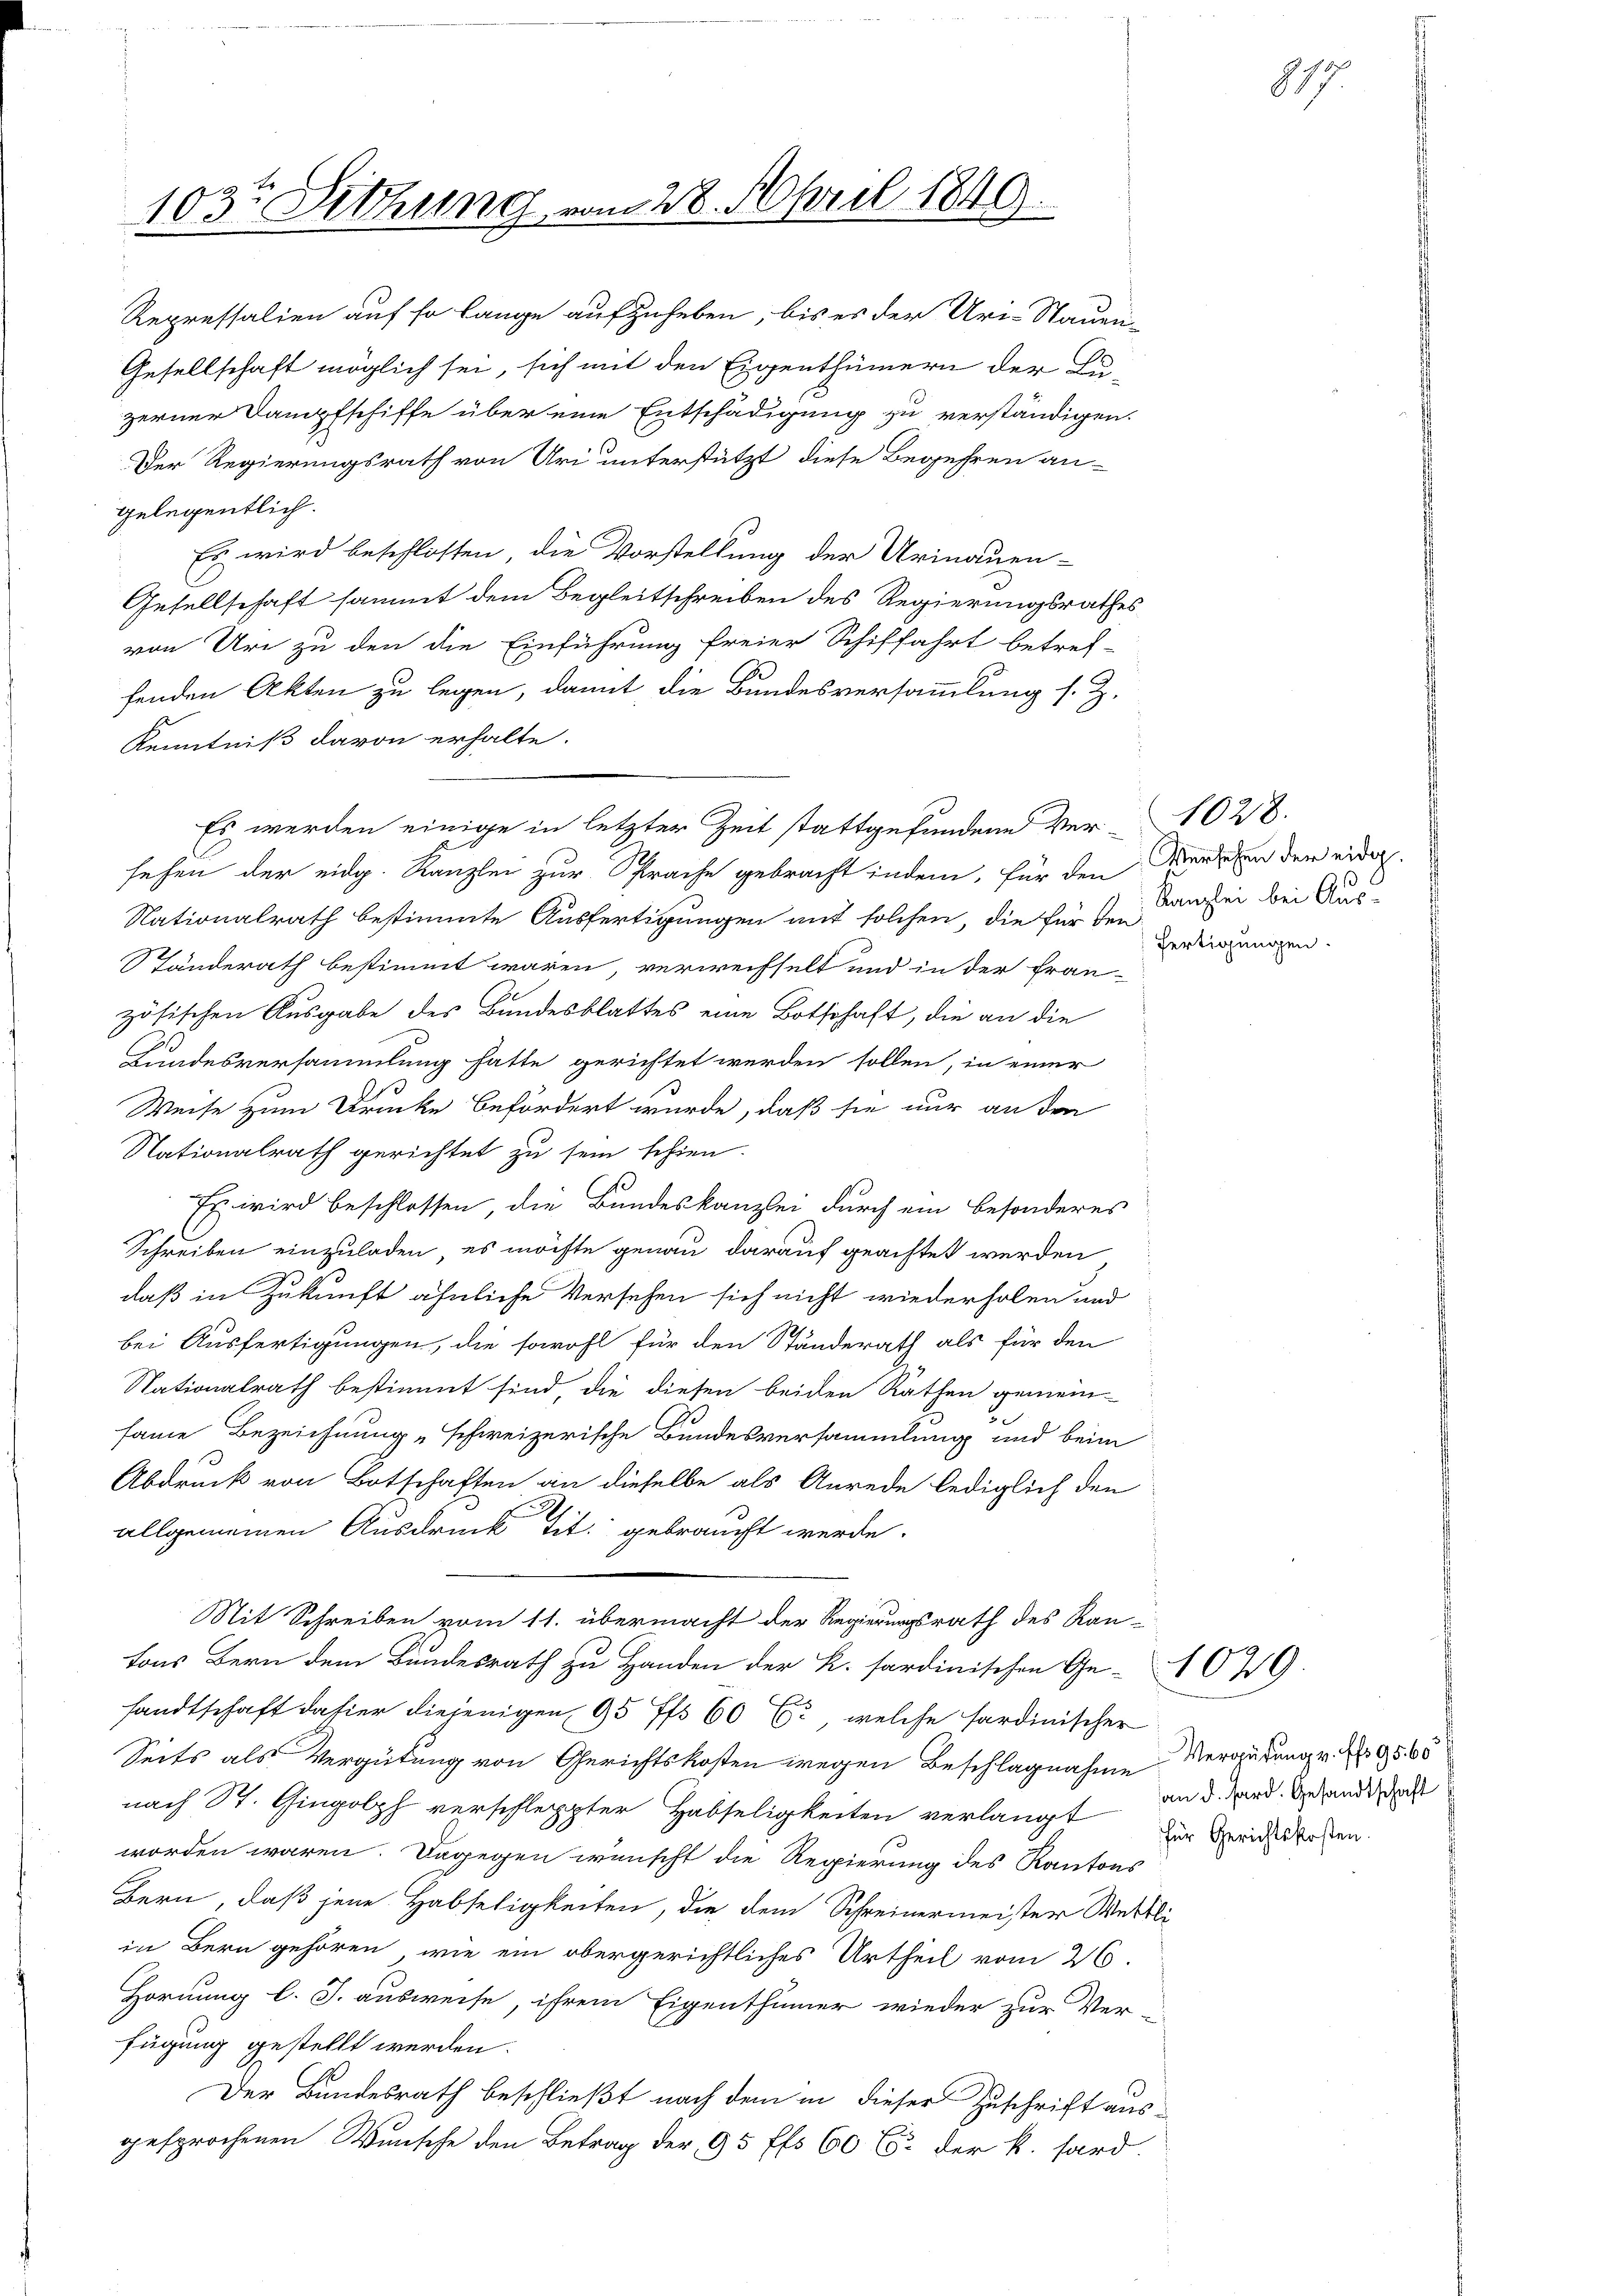
Der Regierungsrath von Uri unterstützt diese Begehren an-
gelegentlich.
Es wird beschlossen, die Vorstellung der Urinauen-
Gesellschaft sammt dem Begleitschreiben des Regierungsrathes
von Ure zu den die Einführung freier Schiffahrt betref-
S.
fenden Akten zu legen, damit die Bundesversammlung s. Z.
Kenntniß davon erhalte.
sehen der eidg. Kanzlei zur Sprache gebracht indem, für den Menschen der eidg.
Nationalrath bestimmte Ausfertigungen mit solchen, die für den
Ständerath bestimmt waren, verwechselt und in der Fran-
zösischen Ausgabe des Bundesblattes eine Botschaft, die an die
Bundesversammlung hatte gerichtet werden sollen, in einer
Weise zum Drucke befördert wurde, daß sie nur an den
Nationalrath gerichtet zu sein schien.
Es wird beschlossen, die Bundeskanzlei durch ein besonderes
Schreiben einzuladen, es möchte genau darauf geachtet werden
daß in Zukunft ähnliche Versehen sich nicht wiederholen und
bei Ausfertigungen, die sowohl für den Ständerath als für den
Nationalrath bestimmt sind, die diesen beiden Rathen gemein-
same Bezeichnung "schweizerische Bundesversammlung und beim
Abdruck von Botschaften an dieselbe als Anrede lediglich den
allgemeinen Ausdruck Tit. gebraucht werde.
Mit Schreiben vom 11. übermacht der Regierungsrath des Rautons Bern dem Bundesrath zu Handen der K. fordinischen Ge-049.
sandtschaft dahier diejenigen, 95 ff. 60 (2, welche fardinischer
Seits als Vergütung von Gerichtskosten wegen Beschlagnahme Vergütung v. No 9565
nach St. Gingolph verschleppter Habseligkeiten verlangt an d. Frd. Gegende doch
worden wären. Dagegen wünscht die Regierung des Kantons
Bern, daß jene Habseligkeiten, die dem Schreinermeister Wettli
in Bern gehören, wie ein obergerichtliches Urtheil vom 26.
Hornung l. J. ausweise, ihrem Eigenthümer wieder zur Ver-
fügung gestellt werden.
Der Bundesrath beschließt nach dem in dieser Zuschrift aus-
gesprochenen Wunsche den Betrag der 95 ff. 60 C der k. hard.

103te Sitzung vom 28. April 1840.

Repressalien auf so lange aufzuheben, bis es der Uri-Stauen-
Gesellschaft möglich sei, sich mit den Eigenthümern der Lu-
zerner Dampfschiffe über eine Entschädigung zu verständigen.

Es werden einige in letzter Zeit stattgefundene Ver-1028.

Kanzlei bei Aus-
Fertigungen.

817

für Gerichtskosten.